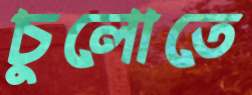
চুলোতে